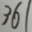
3 6 1